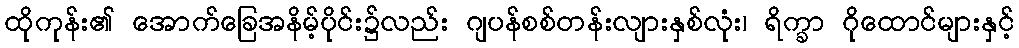
ထိုကုန်း၏ အောက်ခြေအနိမ့်ပိုင်း၌လည်း ဂျပန်စစ်တန်းလျားနှစ်လုံး၊ ရိက္ခာ ဂိုထောင်များနှင့်